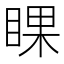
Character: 𥇬